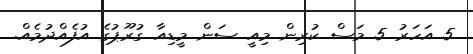
5 އަހަރު 5 މަސް ކުރިން މިއީ ސަން މީޑިއާ ގުރޫޕުގެ އުފެއްދުމެއް.